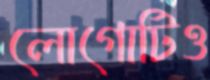
লোগোটিও